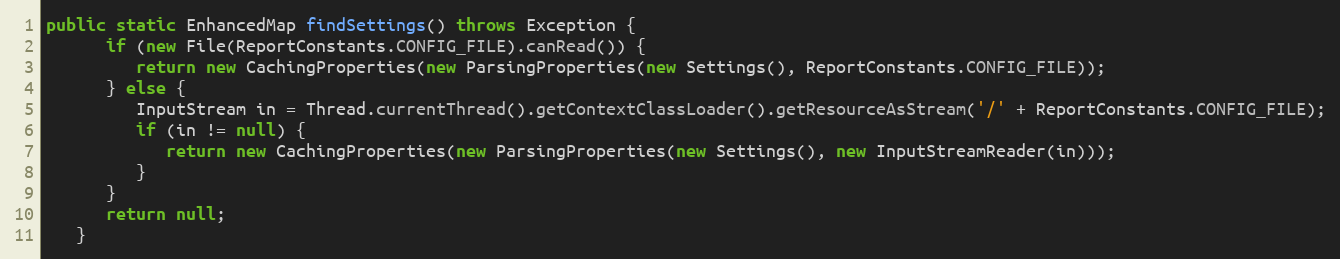
Language: Java
public static EnhancedMap findSettings() throws Exception {
      if (new File(ReportConstants.CONFIG_FILE).canRead()) {
         return new CachingProperties(new ParsingProperties(new Settings(), ReportConstants.CONFIG_FILE));
      } else {
         InputStream in = Thread.currentThread().getContextClassLoader().getResourceAsStream('/' + ReportConstants.CONFIG_FILE);
         if (in != null) {
            return new CachingProperties(new ParsingProperties(new Settings(), new InputStreamReader(in)));
         }
      }
      return null;
   }